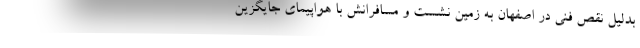
بدلیل نقص فنی در اصفهان به زمین نشست و مسافرانش با هواپیمای جایگزین